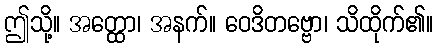
ဤသို့။ အတ္ထော၊ အနက်။ ဝေဒိတဗ္ဗော၊ သိထိုက်၏။